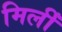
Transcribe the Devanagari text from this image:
मिलीँ